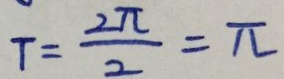
T = \frac { 2 \pi } { 2 } = \pi